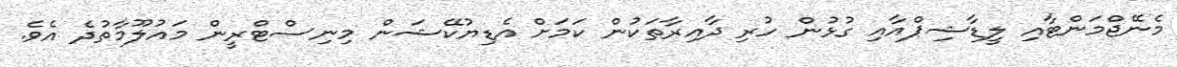
މެނޭޖްމަންޓާއި ލީޑާޝިޕްއާއި ގުޅުން ހުރި ދާއިރާތަކުން ކަމަށް އެޑިޔުކޭޝަން މިނިސްޓްރީން މައުލޫމާތުދެ އެވެ.